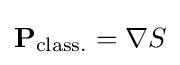
{\textstyle \mathbf {P} _{\text{class.}}=\nabla S}